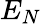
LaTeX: E_{N}